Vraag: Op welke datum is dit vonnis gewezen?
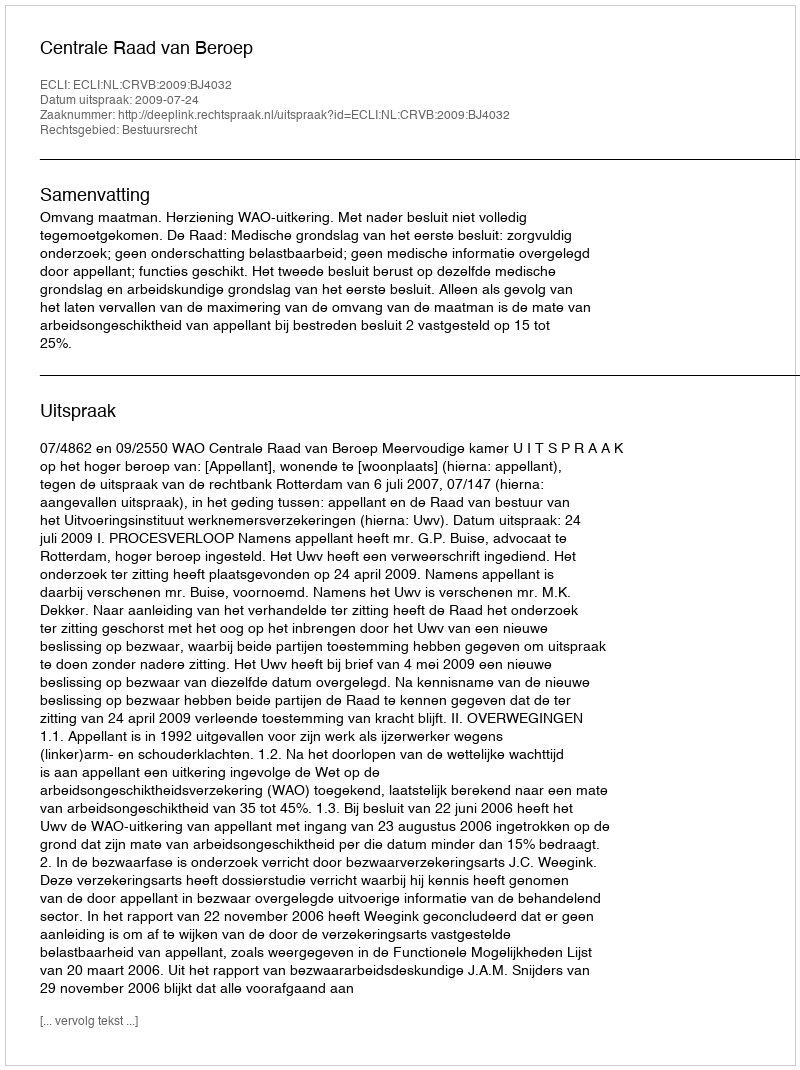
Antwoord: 2009-07-24